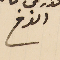
الفرخ